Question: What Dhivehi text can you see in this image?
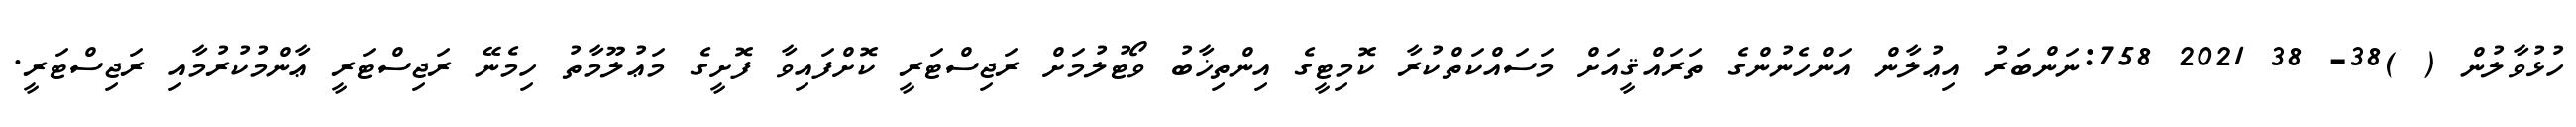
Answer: ހުޅުވާލުން ( )38- 38 2021 758:ނަންބަރު އިޢުލާން އަންހެނުންގެ ތަރައްޤީއަށް މަސައްކަތްކުރާ ކޮމިޓީގެ އިންތިޚާބު ވޯޓުލުމަށް ރަޖިސްޓަރީ ކޮށްފައިވާ ފޮށީގެ މަޢުލޫމާތު ހިމެނޭ ރަޖިސްޓަރީ ޢާންމުކުރުމާއި ރަޖިސްޓަރީ.